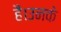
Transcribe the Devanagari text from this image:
हैं।उनके